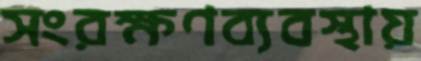
সংরক্ষণব্যবস্থায়